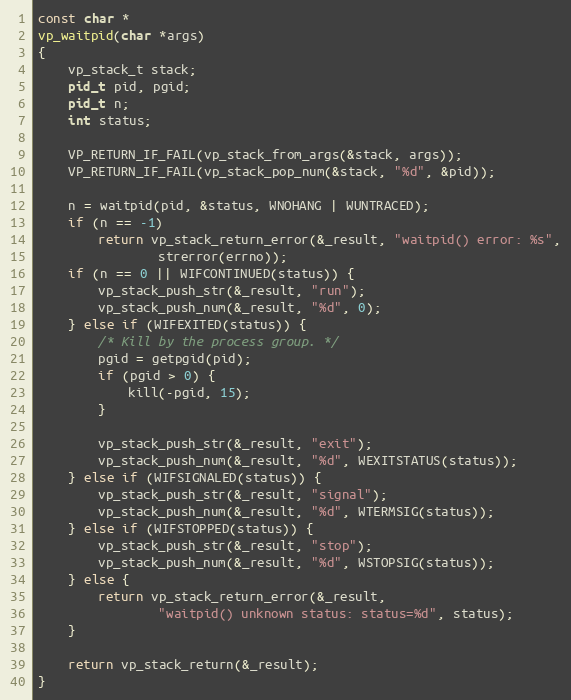
Language: C
const char *
vp_waitpid(char *args)
{
    vp_stack_t stack;
    pid_t pid, pgid;
    pid_t n;
    int status;

    VP_RETURN_IF_FAIL(vp_stack_from_args(&stack, args));
    VP_RETURN_IF_FAIL(vp_stack_pop_num(&stack, "%d", &pid));

    n = waitpid(pid, &status, WNOHANG | WUNTRACED);
    if (n == -1)
        return vp_stack_return_error(&_result, "waitpid() error: %s",
                strerror(errno));
    if (n == 0 || WIFCONTINUED(status)) {
        vp_stack_push_str(&_result, "run");
        vp_stack_push_num(&_result, "%d", 0);
    } else if (WIFEXITED(status)) {
        /* Kill by the process group. */
        pgid = getpgid(pid);
        if (pgid > 0) {
            kill(-pgid, 15);
        }

        vp_stack_push_str(&_result, "exit");
        vp_stack_push_num(&_result, "%d", WEXITSTATUS(status));
    } else if (WIFSIGNALED(status)) {
        vp_stack_push_str(&_result, "signal");
        vp_stack_push_num(&_result, "%d", WTERMSIG(status));
    } else if (WIFSTOPPED(status)) {
        vp_stack_push_str(&_result, "stop");
        vp_stack_push_num(&_result, "%d", WSTOPSIG(status));
    } else {
        return vp_stack_return_error(&_result,
                "waitpid() unknown status: status=%d", status);
    }

    return vp_stack_return(&_result);
}